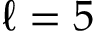
\ell = 5